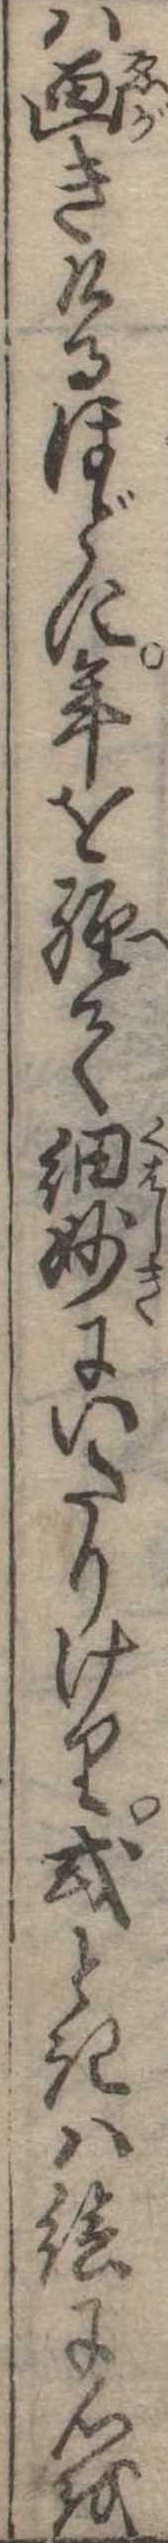
は画きけるほどに年を経て細妙にいたりけり或ときは絵に心を